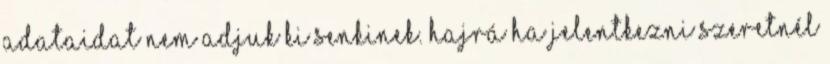
adataidat nem adjuk ki senkinek. Hajrá Ha jelentkezni szeretnél